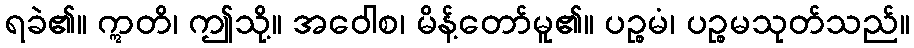
ရခဲ၏။ ဣတိ၊ ဤသို့။ အဝေါစ၊ မိန့်တော်မူ၏။ ပဉ္စမံ၊ ပဉ္စမသုတ်သည်။